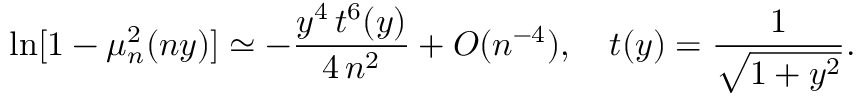
\ln [ 1 - \mu _ { n } ^ { 2 } ( n y ) ] \simeq - \frac { y ^ { 4 } \, t ^ { 6 } ( y ) } { 4 \, n ^ { 2 } } + { \cal O } ( n ^ { - 4 } ) , \quad t ( y ) = \frac { 1 } { \sqrt { 1 + y ^ { 2 } } } .